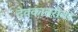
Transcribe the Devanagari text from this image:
देवकाबरोबर